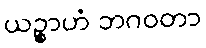
ယဉ္စာဟံ ဘဂဝတာ